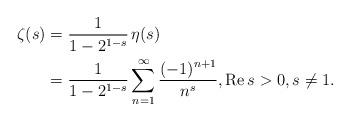
LaTeX: \begin{align*}\zeta(s) & = \frac{1}{1-2^{1-s}}\, \eta(s)\\& = \frac{1}{1-2^{1-s}} \sum_{n=1}^{\infty} \frac{(-1)^{n+1}}{n^{s}},{\rm Re}\, s>0, s\neq 1.\end{align*}